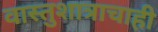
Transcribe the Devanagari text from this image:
वास्तुशात्राचाही